Vaccination in Burma 1900-1911 - 1900-1911
Year: 1900
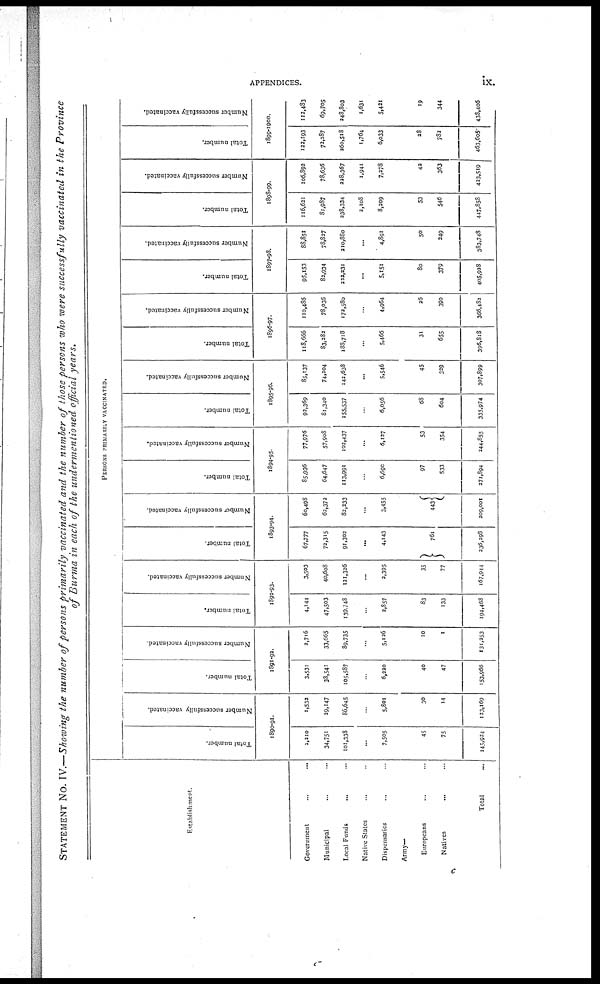
APPENDICES.
ix.
STATEMENT No. IV.—Showing the number of persons primarily vaccinated and the number of those persons who were successfully vaccinated in the Province
of Burma in each of the undermentioned official years.
Establishment.
Government... ... ...
Municipal... ... ...
Local Funds... ... ...
Native States... ... ...
Dispensaries... ...
Army—
Europeans... ...
Natives... ...
Total... ...
PERSONS PRIMARILY VACCINATED.
Total number.
Number successfully vaccinated.
1890-91.
2,210
34,751
101,338
...
7,505
45
75
145,924
1,532
29,147
86,645
...
5,801
30
14
123,169
Total number.
Number successfully vaccinated.
1891-92.
3,531
38,541
105,587
...
6,220
40
47
153,966
2,716
33,665
89,735
...
5,126
10
1
131,253
Total number.
Number successfully vaccinated.
1892-93.
4,144
47,503
139,748
...
2,857
83
133
194,468
3,503
40,608
121,326
...
2,395
35
77
167,944
Total number.
Number successfully vaccinated.
1893-94.
67,777
72,315
91,302
...
4,143
761
236,298
60,498
62,372
82,233
...
3,455
443
209,001
Total number.
Number successfully vaccinated.
1894-95.
85,936
64,647
113,991
...
6,690
97
533
271,894
77,976
57,908
102,437
...
6,127
53
354
244,855
Total number.
Number successfully vaccinated.
1895-96.
92,369
81,340
155,537
...
6,056
68
604
335,974
85,137
74,204
142,638
...
5,546
45
329
307,899
Total number.
Number successfully vaccinated.
1896-97.
118,666
83,282
188,718
...
5,466
31
655
396,818
110,486
78,036
172,580
...
4,964
26
390
366,482
Total number.
Number successfully vaccinated.
1897-98.
95,153
82,934
222,231
...
5,151
80
379
405,928
88,851
78,827
210,880
...
4,891
50
249
383,748
Total number.
Number successfully vaccinated.
1898-99.
116,621
81,987
238,334
2,108
8,209
53
546
447,858
106,892
78,636
228,367
1,941
7,278
42
363
423,519
Total number.
Number successfully vaccinated.
1899-1900.
122,193
72,287
260,518
1,764
6,033
28
782
463,605
112,483
69,705
248,803
1,631
5,421
19
344
438,406
c